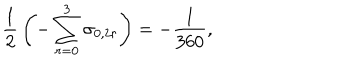
LaTeX: { \frac { 1 } { 2 } } \left( - \sum _ { r = 0 } ^ { 3 } \sigma _ { 0 , 2 r } \right) = - { \frac { 1 } { 3 6 0 } } ,